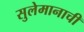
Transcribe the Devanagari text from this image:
सुलेमानाची